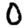
Digit: 0